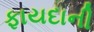
ફાયદાની